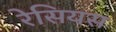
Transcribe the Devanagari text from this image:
रेसियस